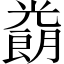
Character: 𱏮